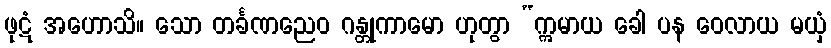
ဖုဋံ အဟောသိ။ သော တင်္ခဏညေဝ ဂန္တုကာမော ဟုတွာ “ဣမာယ ခေါ ပန ဝေလာယ မယှံ